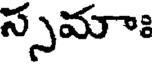
స్సమాః